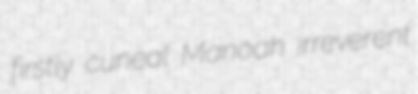
firstly cuneal Manoah irreverent